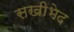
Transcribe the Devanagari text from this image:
सखीभेद